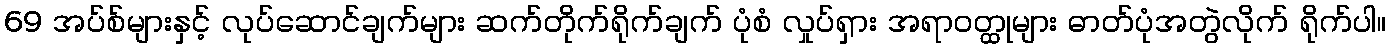
69 အပ်စ်များနှင့် လုပ်ဆောင်ချက်များ ဆက်တိုက်ရိုက်ချက် ပုံစံ လှုပ်ရှား အရာဝတ္ထုများ ဓာတ်ပုံအတွဲလိုက် ရိုက်ပါ။